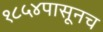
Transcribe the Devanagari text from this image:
१८५४पासूनच